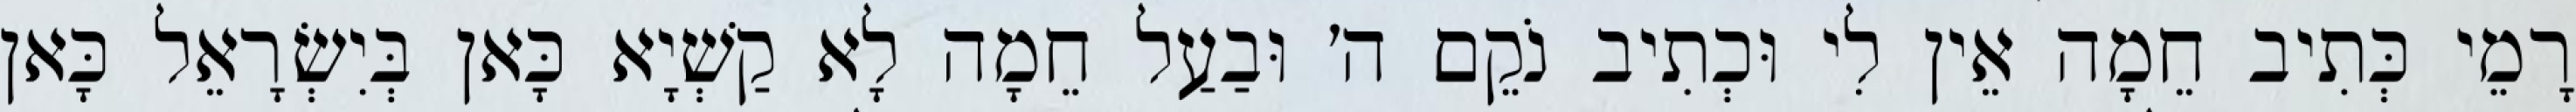
רָמֵי כְּתִיב חֵמָה אֵין לִי וּכְתִיב נֹקֵם ה׳ וּבַעַל חֵמָה לָא קַשְׁיָא כָּאן בְּיִשְׂרָאֵל כָּאן